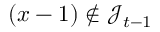
( x - 1 ) \notin \mathcal { J } _ { t - 1 }